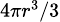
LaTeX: \scriptstyle 4\pi r^{3}/3